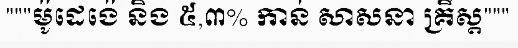
"""ម៉ូដេង៉េ និង ៥,៣% កាន់ សាសនា គ្រឹស្ត"""